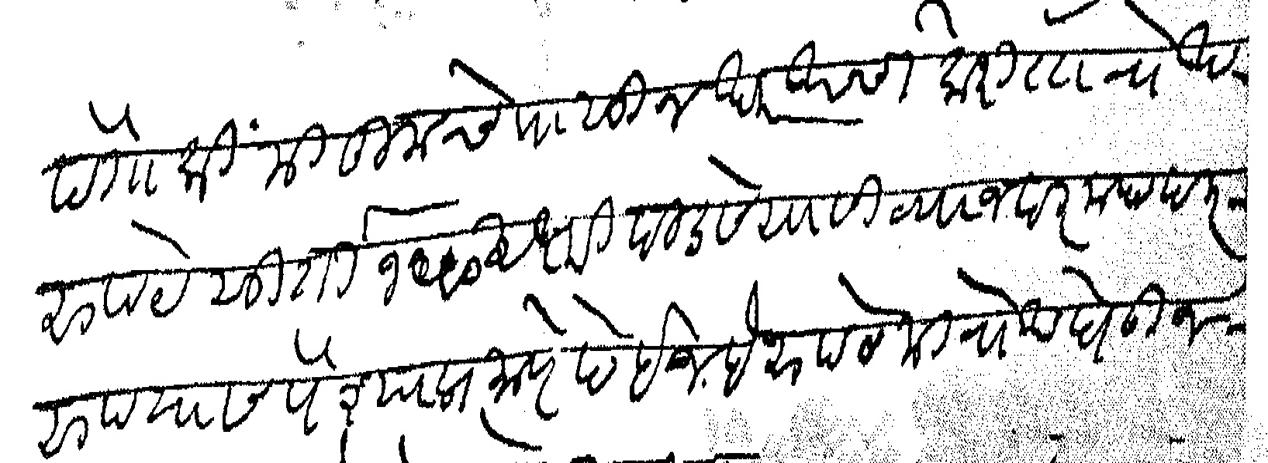
Transliteration (Devanagari): देतो कि मी तुमचेपासून घरखर्चाकरीता रोख रुपये सुर्ती १५० अक्षरी दीडसे यासी व्याज दरमहा दर रुपयास पैश्याप्रमाणे देईन हे रुपये मी रोख घेऊन